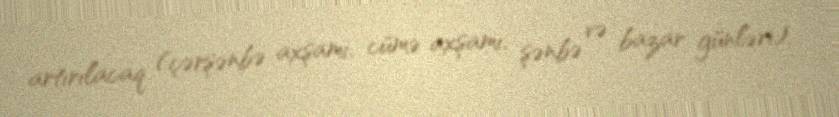
artırılacaq (çərşənbə axşamı, cümə axşamı, şənbə və bazar günləri).